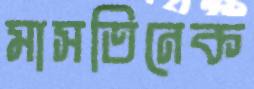
মাসতিনেক